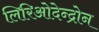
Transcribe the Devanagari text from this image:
लिरिओदेन्द्रोन